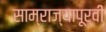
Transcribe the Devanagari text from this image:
साम्राज्यापूर्वी